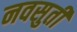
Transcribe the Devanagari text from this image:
नवसुती